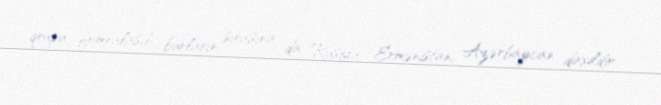
qrupu fomralaşıb, bunların sırasına da Rusiya, Ermənistan, Azərbaycan daxildir.